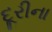
દૂરીના